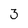
Character: 3